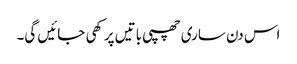
اس دن ساری چھپی باتیں پرکھی جائیں گی۔